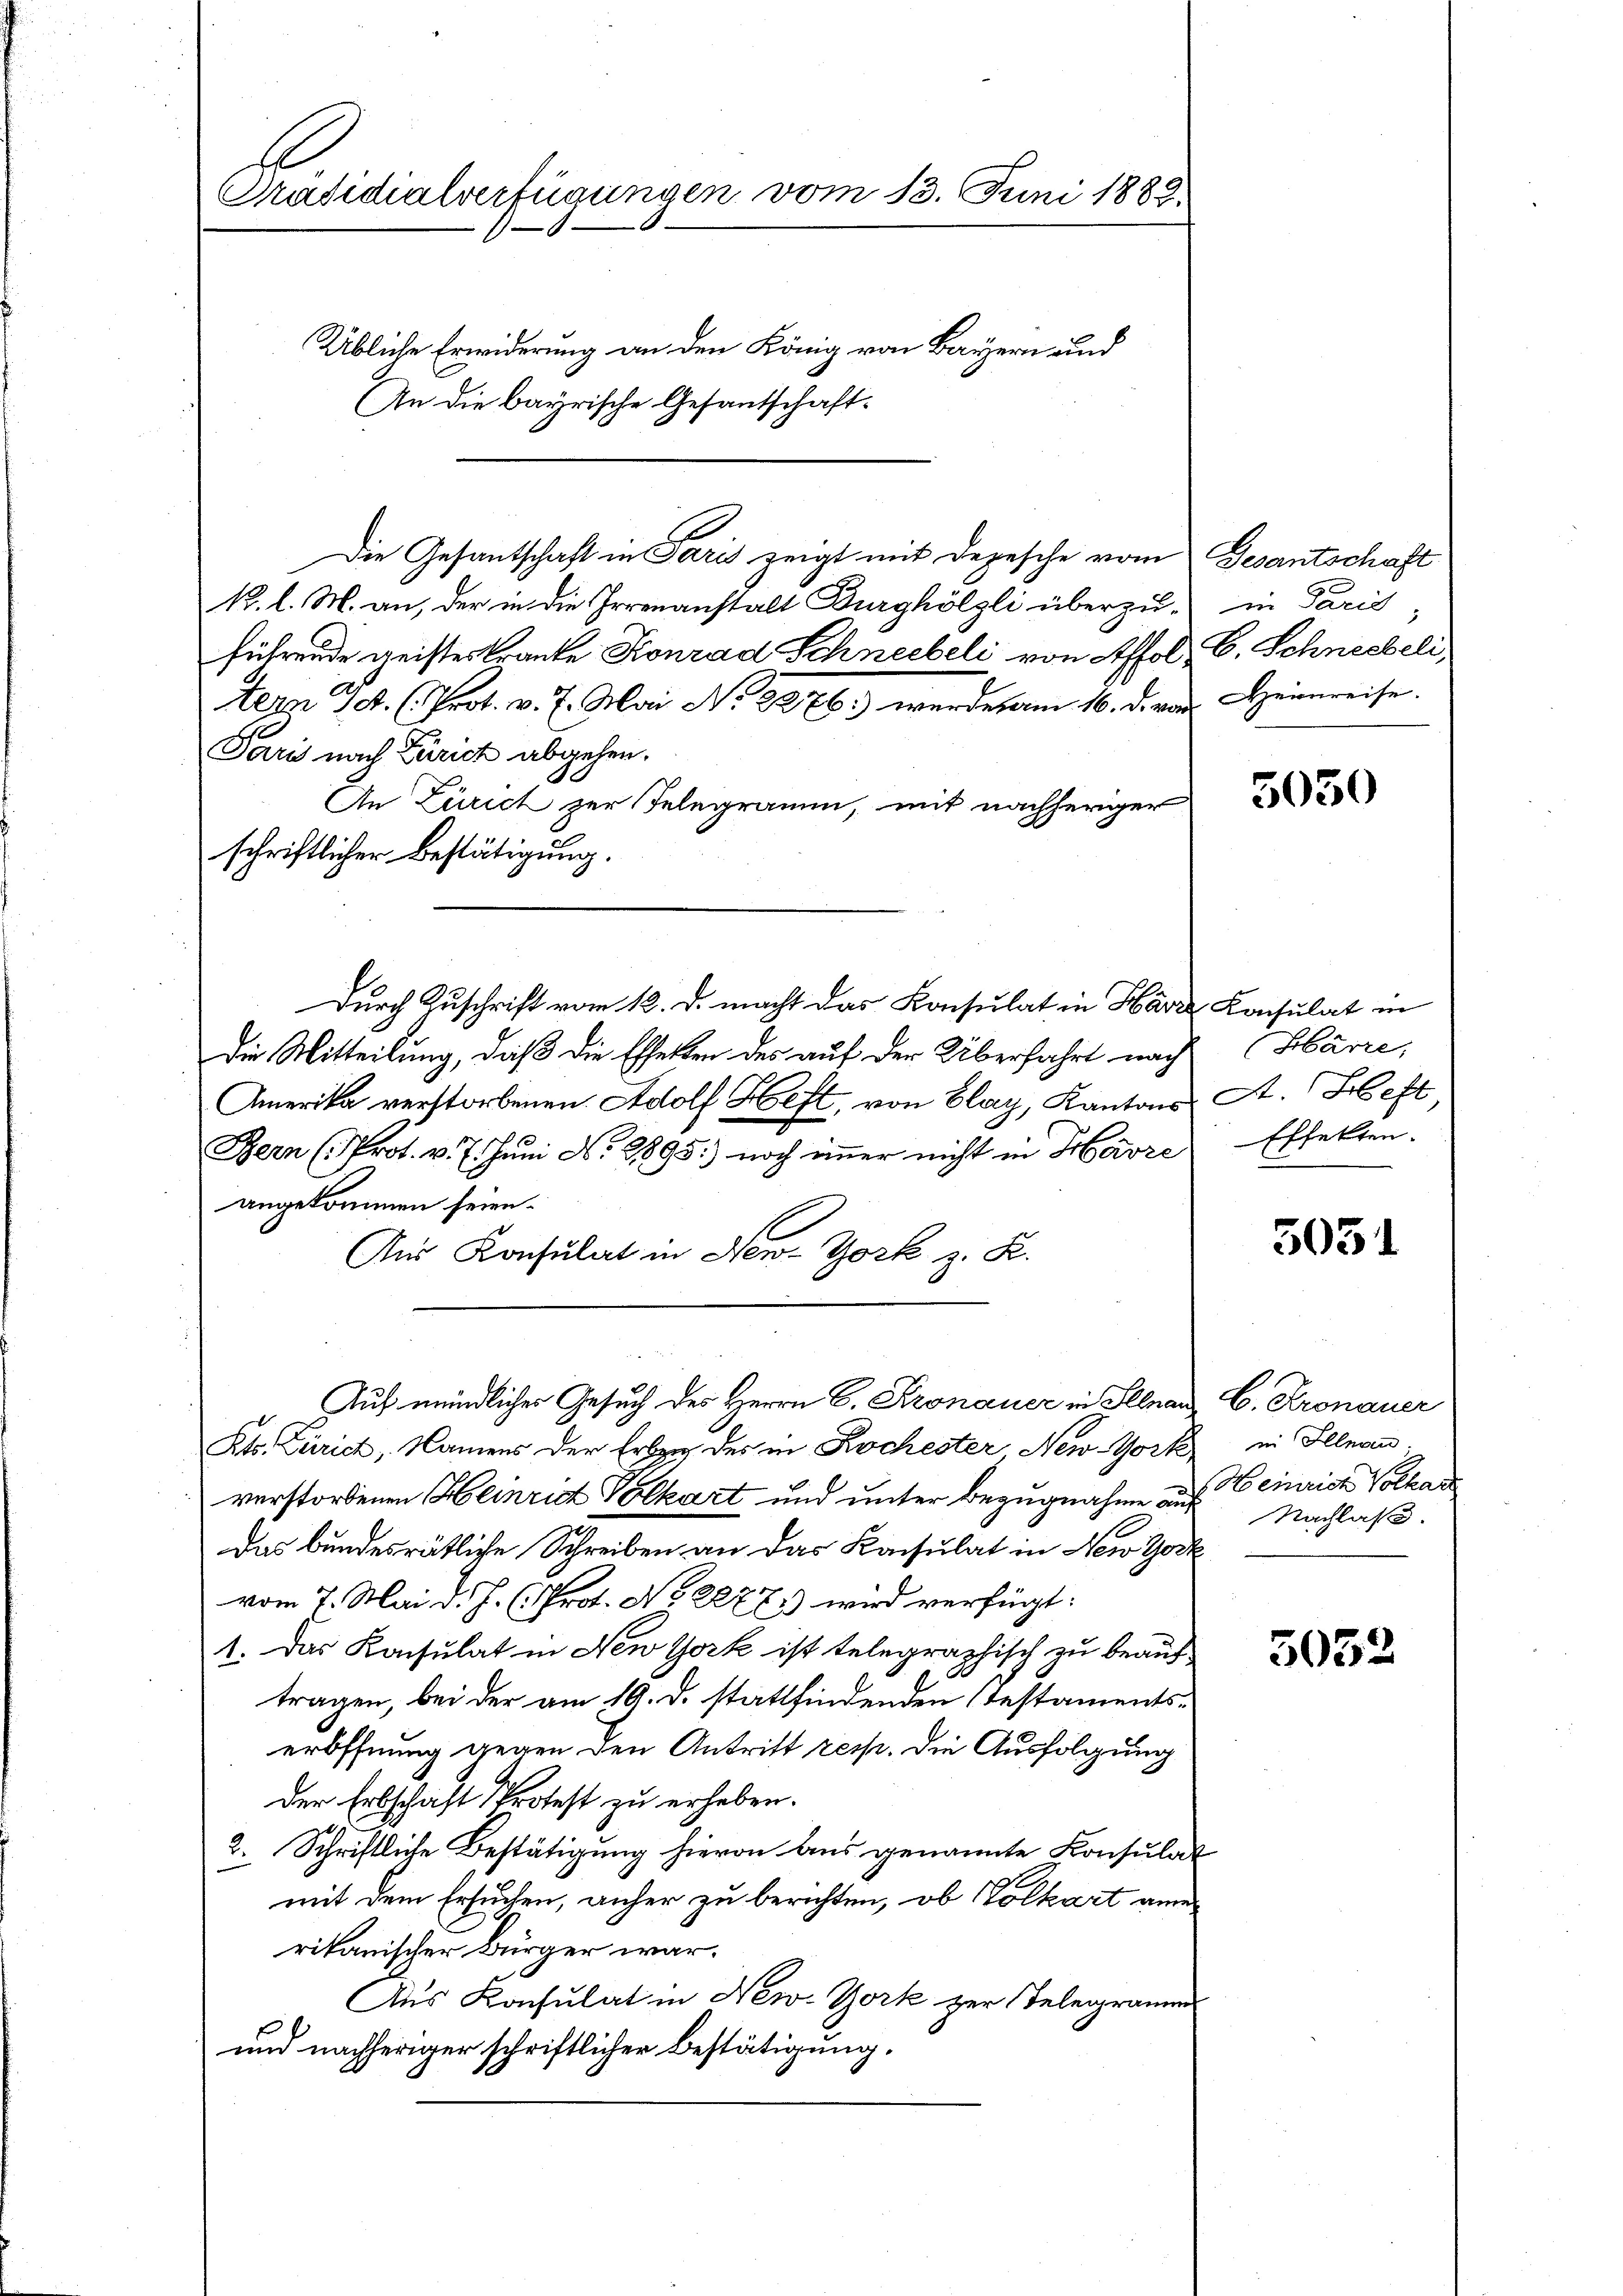
Präsidialverfügungen vom 13. Juni 1882.

Übliche Erwiderung an den König von Bayern und
An die bayrische Gesantschaft¬

Die Gesantschaft in Paris zeigt mit Depesche vom Gesantschaft
k. l. M. an, der in die Irrenanstalt Burghölzli überzuführende geistes Kranke Konrad Schneebeli von Affol, C. Schneebeli
tern I. (Prot. v. J. Mai No 1276) werde am 16. d. von
Paris nach Zürich abgehen.
An Zürich zur Telegramm, mit nachheriger
schriftlicher Bestätigung.
Durch Zuschrift vom 12. d. macht das Konsulat in Harze Konsulat in
Die Mitteilung, daß die Effekten des auf der Überfahrt nach
Amerika verstorbenen Adolf Heft, von Elay, Kantons A. Heft
Bern (Prot. v. 7. Juni N. 2895) noch immer nicht in Harze
angekommen seien.
Aus Konsulat in New-York z. B.
Auf mündlicher Gesuch des Herrn C. Kronauer in Illnau, C. Kronauer
Kts. Zürich, Namens der Erben des in Kochester, New-York in Illnau
verstorbenen Heinrut Volkart und unter Bezugnahme auf einrich Volkar
das bundesrätliche Schreiben an das Konsulat in New York
vom 7. Mai d. J. (Prot. No 22771) wird verfügt:
1. Das Konsulat in New York ist telegraphisch zu beauftragen, bei der am 19. d. stattfindenden Testamentseröffnung gegen den Antritt resp. die Ausfolgung
der Erbschaft Protest zu erhaben.
2. Schriftliche Bestätigung hievon aus genannte Konsulat
mit dem Ersuchen, anher zu berichten, ob Volkart ane
rikanischer Bürger war.
Aus Konsulat in New-York zur Telegrammes
und nachheriger schriftlicher Bestätigung.

in Paris
Heimreise.

5050

Härre,
Effekten.

5051

Nachlaß.

5052